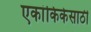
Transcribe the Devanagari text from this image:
एकांकिकेसाठी